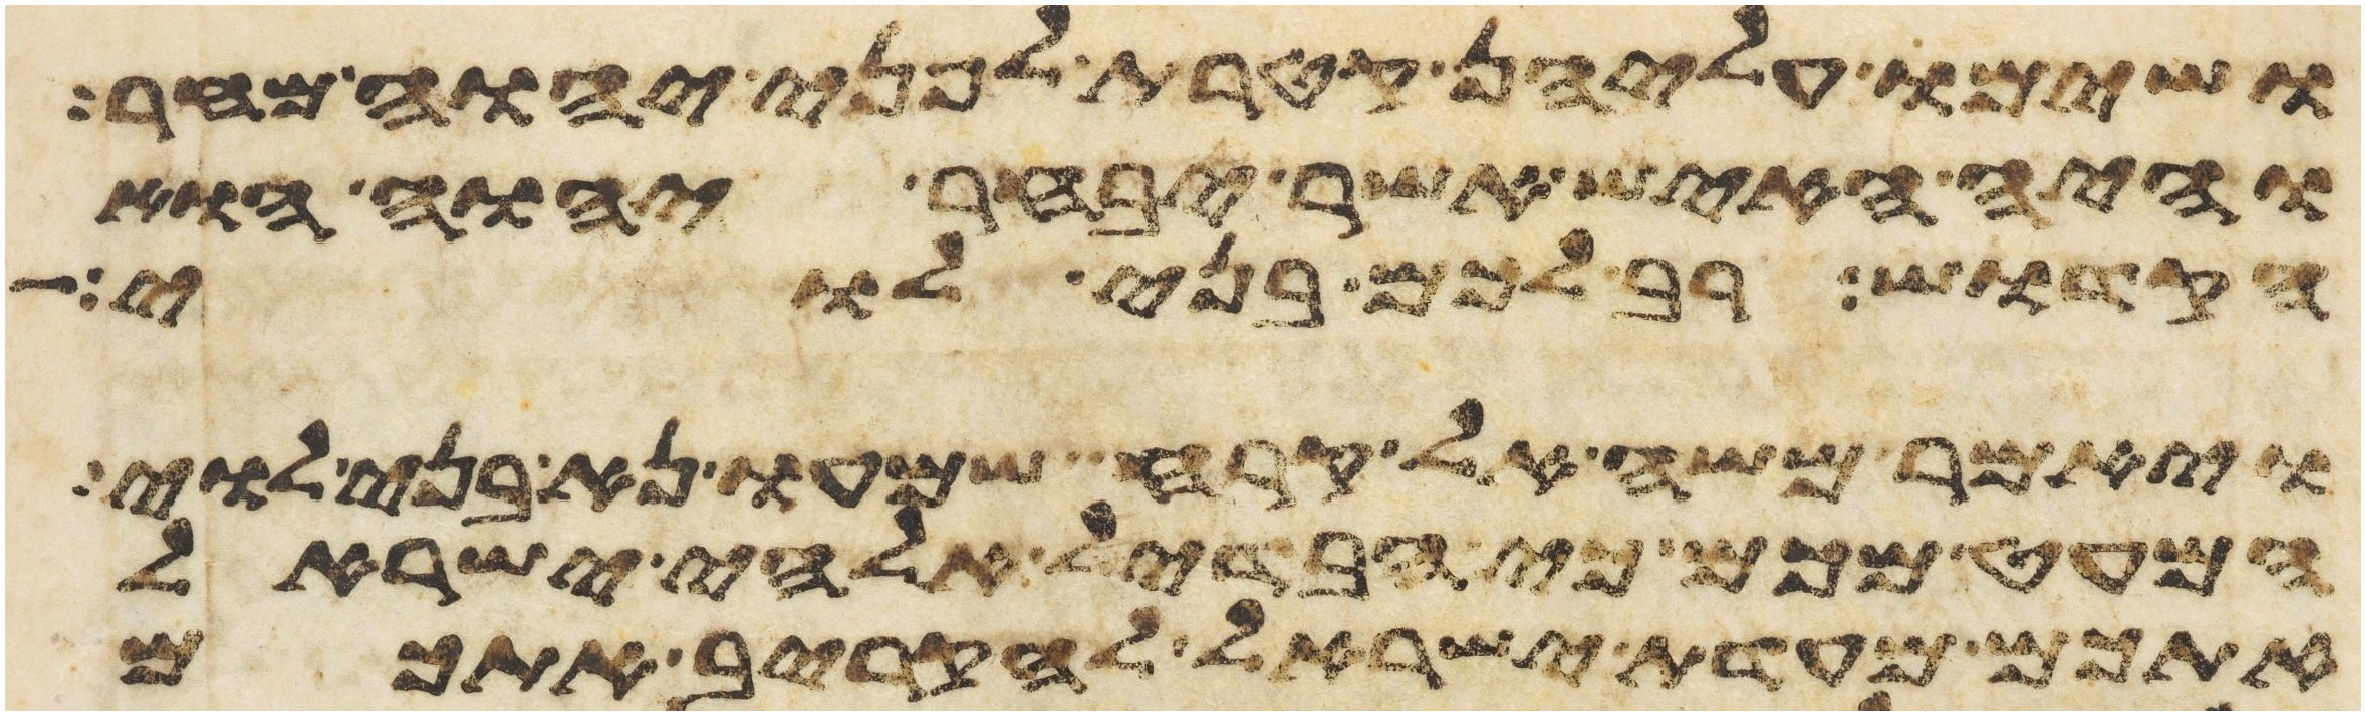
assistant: ושימו עליהן קטרת לפני יהוה מחר
והיה האיש אשר יבחר יהוה הוא
הקדוש רב לכם בני לוי
ויאמר משה אל קרח שמעו נא בני לוי
המעט מכם כי הבדיל אלהי ישראל
אתכם מעדת ישראל להקריב אתכם